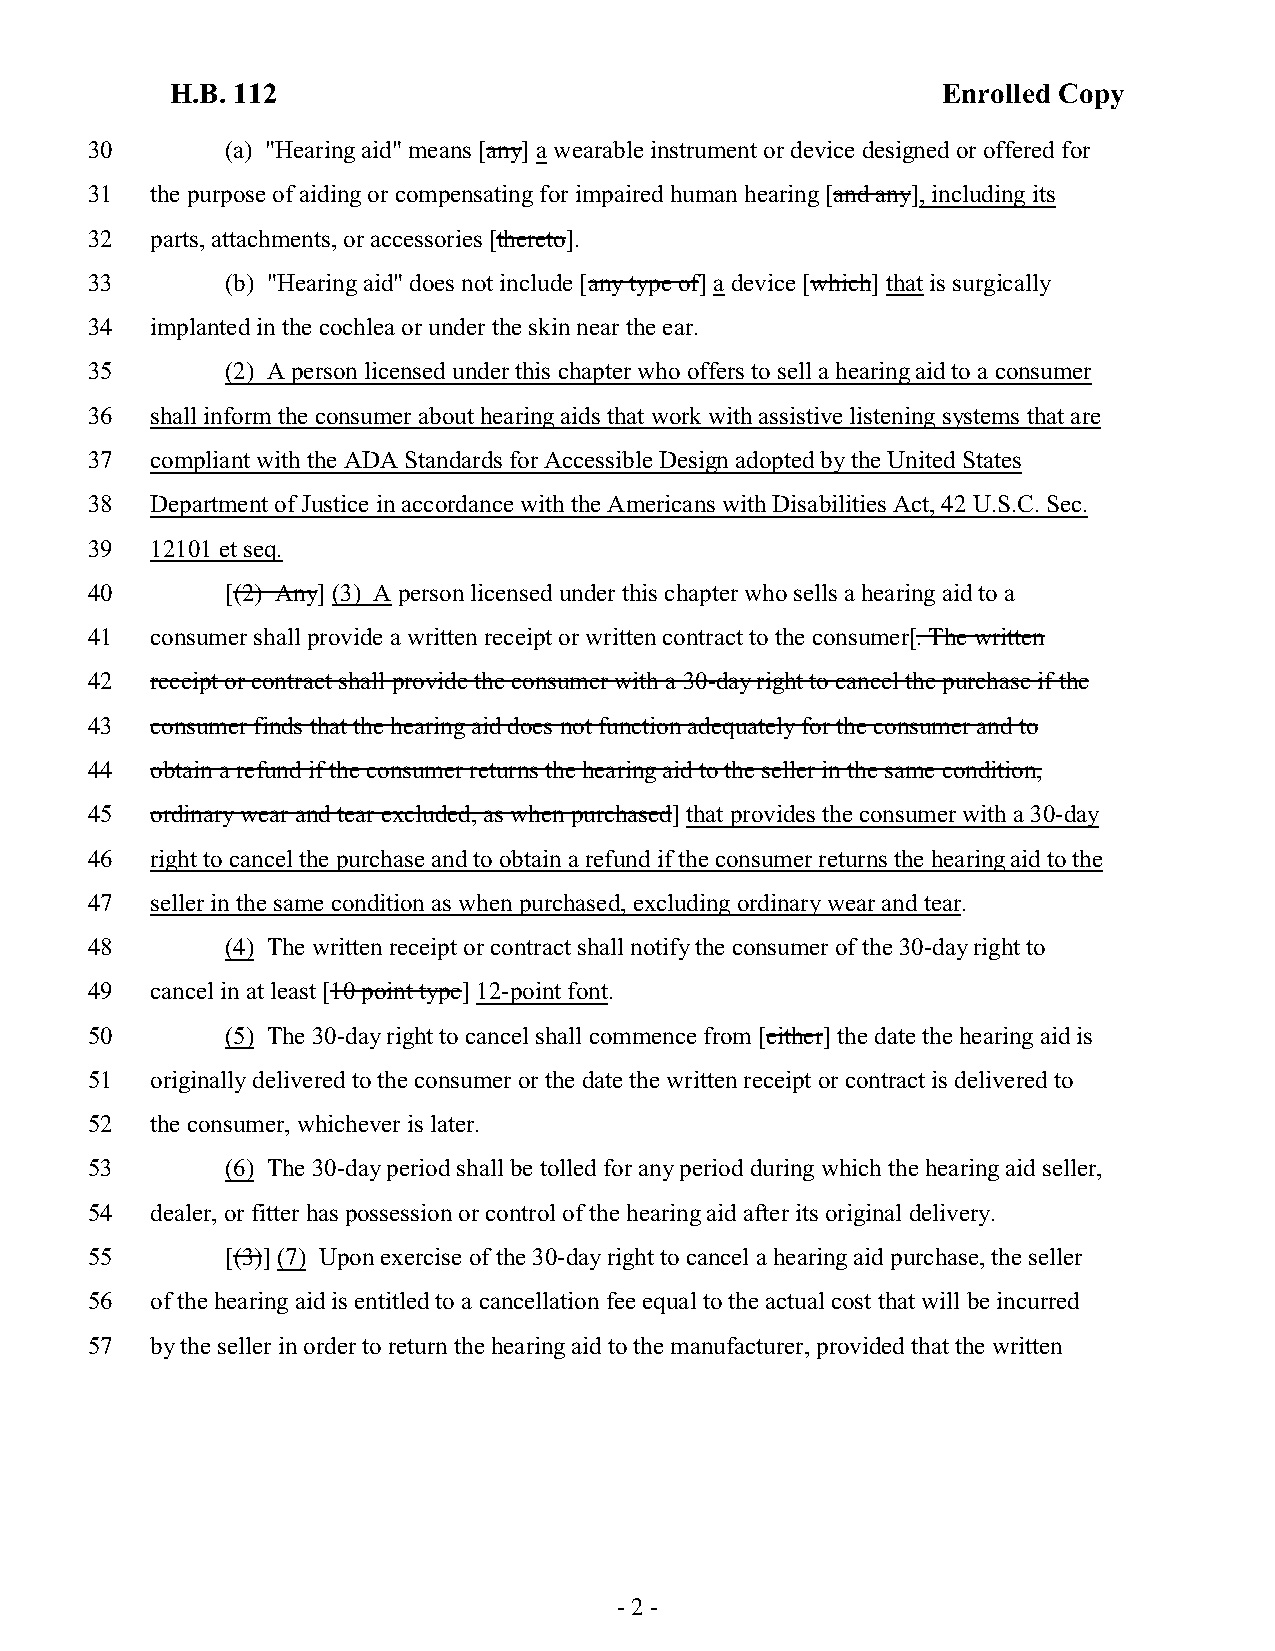
H.B. 112                                           Enrolled Copy
 30       (a) "Hearing aid" means [any] a wearable instrument or device designed or offered for
 31  the purpose of aiding or compensating for impaired human hearing [and any], including its
 32  parts, attachments, or accessories [thereto].
 33       (b) "Hearing aid" does not include [any type of] a device [which] that is surgically
 34  implanted in the cochlea or under the skin near the ear.
 35       (2) A person licensed under this chapter who offers to sell a hearing aid to a consumer
 36  shall inform the consumer about hearing aids that work with assistive listening systems that are
 37  compliant with the ADA Standards for Accessible Design adopted by the United States
 38  Department of Justice in accordance with the Americans with Disabilities Act, 42 U.S.C. Sec.
 39  12101 et seq.
 40       [(2) Any] (3) A person licensed under this chapter who sells a hearing aid to a
 41  consumer shall provide a written receipt or written contract to the consumer[. The written
 42  receipt or contract shall provide the consumer with a 30-day right to cancel the purchase if the
 43  consumer finds that the hearing aid does not function adequately for the consumer and to
 44  obtain a refund if the consumer returns the hearing aid to the seller in the same condition,
 45  ordinary wear and tear excluded, as when purchased] that provides the consumer with a 30-day
 46  right to cancel the purchase and to obtain a refund if the consumer returns the hearing aid to the
 47  seller in the same condition as when purchased, excluding ordinary wear and tear.
 48       (4) The written receipt or contract shall notify the consumer of the 30-day right to
 49  cancel in at least [10 point type] 12-point font.
 50       (5) The 30-day right to cancel shall commence from [either] the date the hearing aid is
 51  originally delivered to the consumer or the date the written receipt or contract is delivered to
 52  the consumer, whichever is later.
 53       (6) The 30-day period shall be tolled for any period during which the hearing aid seller,
 54  dealer, or fitter has possession or control of the hearing aid after its original delivery.
 55       [(3)] (7) Upon exercise of the 30-day right to cancel a hearing aid purchase, the seller
 56  of the hearing aid is entitled to a cancellation fee equal to the actual cost that will be incurred
 57  by the seller in order to return the hearing aid to the manufacturer, provided that the written
 - 2 -